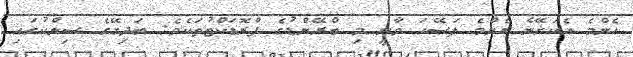
އެންމެ އެކަށޭނެ އެންމެ ފަސޭހަ ވާނީ މި ބްރޭންޑުގެ ޕްރޮޑަކްޓުތަކެވެ. ބަދިގޭގެ ސިންކުގައި